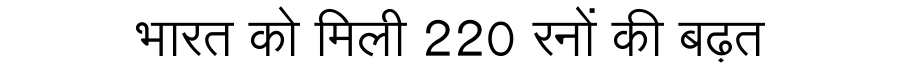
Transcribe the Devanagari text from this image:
भारत को मिली 220 रनों की बढ़त